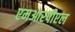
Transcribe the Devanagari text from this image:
एमआरपीएल